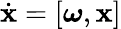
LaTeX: \dot{\mathbf x}=[\boldsymbol{\omega},{\mathbf x}]